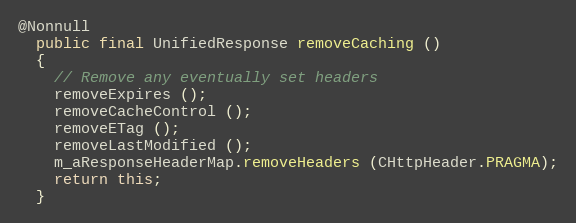
Language: Java
@Nonnull
  public final UnifiedResponse removeCaching ()
  {
    // Remove any eventually set headers
    removeExpires ();
    removeCacheControl ();
    removeETag ();
    removeLastModified ();
    m_aResponseHeaderMap.removeHeaders (CHttpHeader.PRAGMA);
    return this;
  }